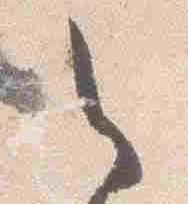
之